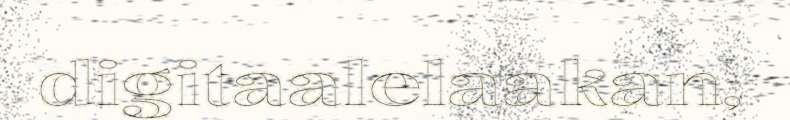
digitaalelaakan,